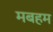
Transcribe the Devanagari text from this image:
मबहम